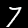
Digit: 7